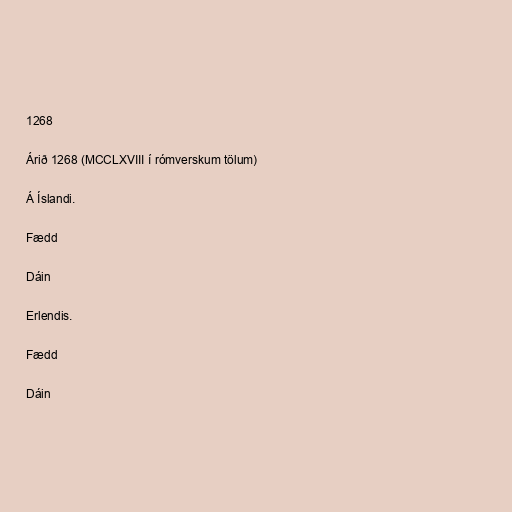
1268

Árið 1268 (MCCLXVIII í rómverskum tölum)

Á Íslandi.

Fædd

Dáin

Erlendis.

Fædd

Dáin